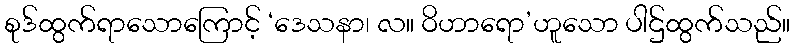
စုဒ်ထွက်ရာသောကြောင့် ‘ဒေသနာ၊ လ။ ဝိဟာရော’ဟူသော ပါဌ်ထွက်သည်။